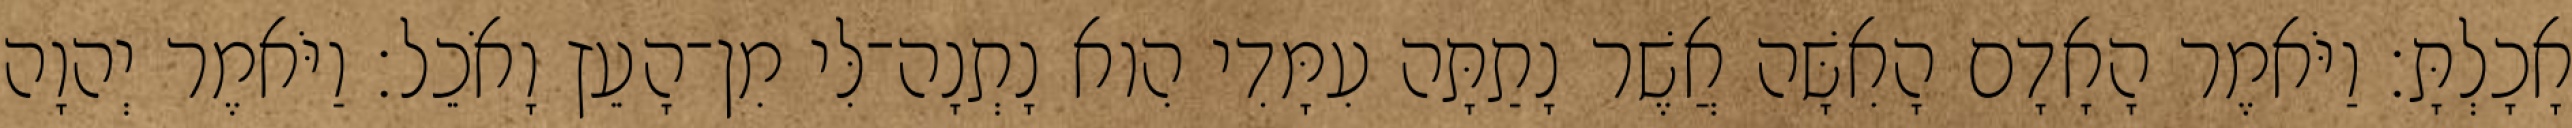
אָכָלְתָּ׃ וַיֹּאמֶר הָאָדָם הָאִשָּׁה אֲשֶׁר נָתַתָּה עִמָּדִי הִוא נָתְנָה־לִּי מִן־הָעֵץ וָאֹכֵל׃ וַיֹּאמֶר יְהוָה